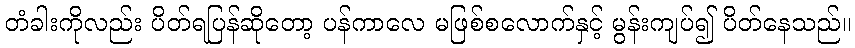
တံခါးကိုလည်း ပိတ်ရပြန်ဆိုတော့ ပန်ကာလေ မဖြစ်စလောက်နှင့် မွန်းကျပ်၍ ပိတ်နေသည်။